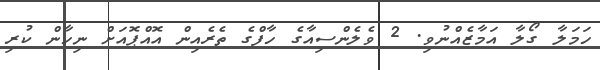
ހަމަލާ ގޯލާ އަމާޒެއްނުވި. 2 ވެލެންސިއާގެ ހާފްގެ ތެރެއިން އޮއްޕޮއަށް ނިހާން ކުރި